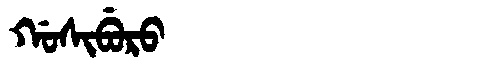
Manchu: ᡤᠣᠰᡳᠪᡠᡵᠣ
Romanization: GOSIBURO